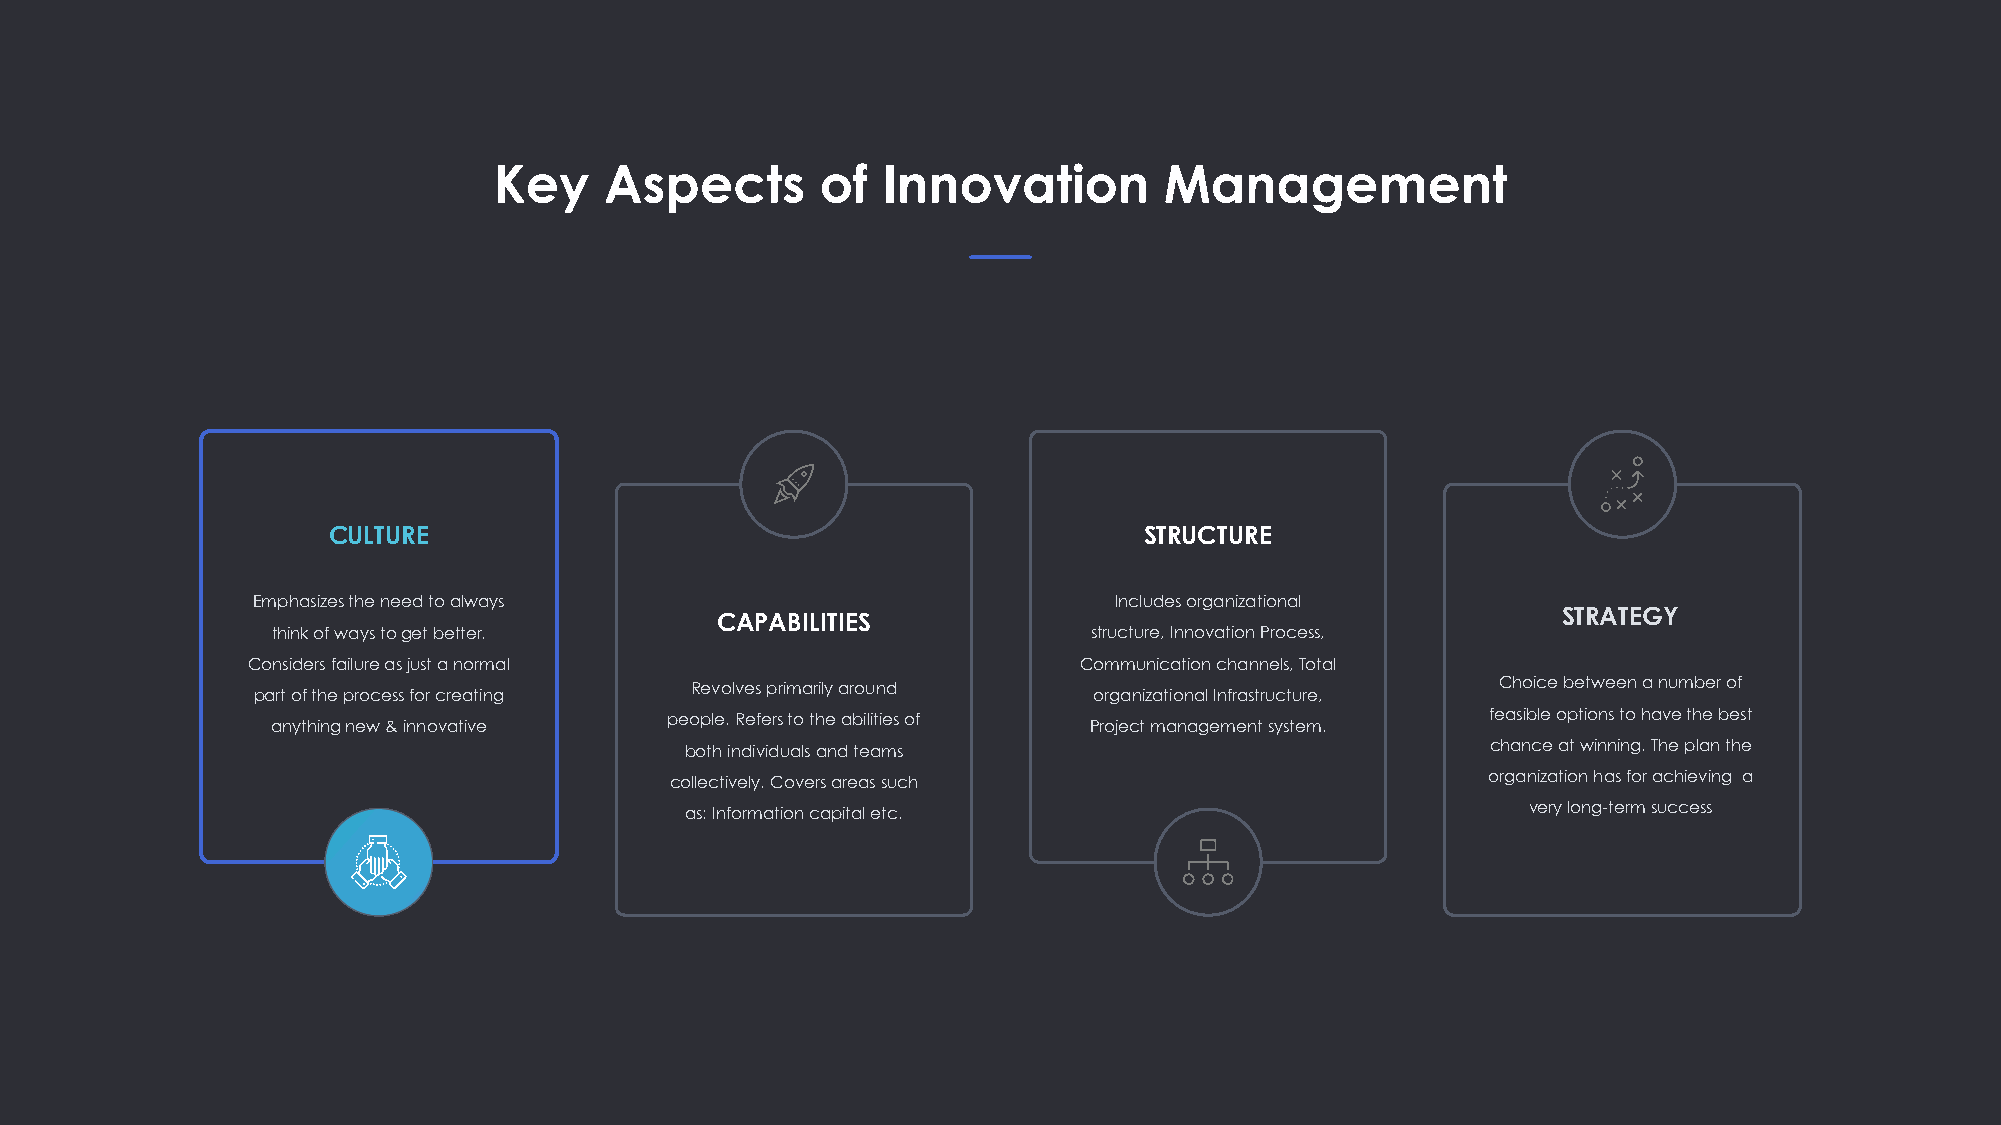
Key    Aspects       of  Innovation         Management
 CULTURE                                               STRUCTURE
 Emphasizes the need to always                            Includes organizational
 CAPABILITIES                                            STRATEGY
 think of ways to get better.                          structure, Innovation Process,
 Considers failure as just a normal                     Communication channels, Total
 Revolves primarily around                            Choice between a number of
 part of the process for creating                       organizational Infrastructure,
 people. Refers to the abilities of                     feasible options to have the best
 anything new & innovative                             Project management system.
 both individuals and teams                            chance at winning. The plan the
 collectively. Covers areas such                       organization has for achieving a
 as: Information capital etc.                            very long-term success